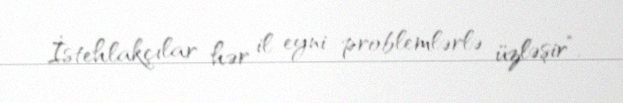
İstehlakçılar hər il eyni problemlərlə üzləşir”.